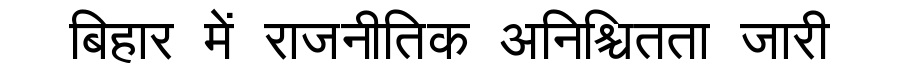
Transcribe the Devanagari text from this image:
बिहार में राजनीतिक अनिश्चितता जारी